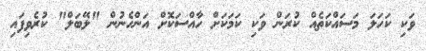
ވަކި ކަހަލަ މަސައްކަތެއް ކުރަން ވަކި ކަމަކަށް ހާއްސަކޮށް އަންހެނުން "ލޭބަލް" ކުރެވިފައި